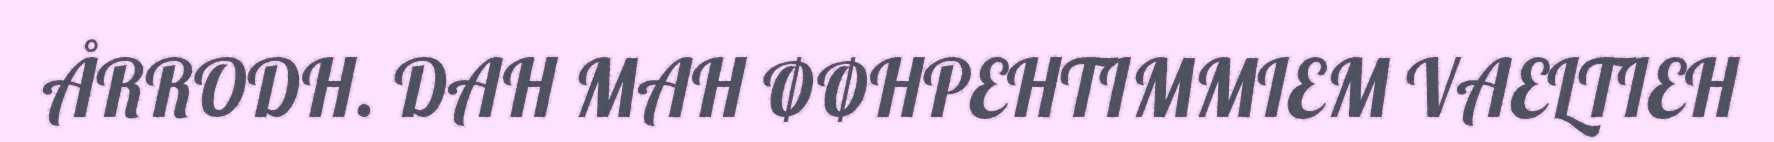
ÅRRODH. DAH MAH ØØHPEHTIMMIEM VAELTIEH